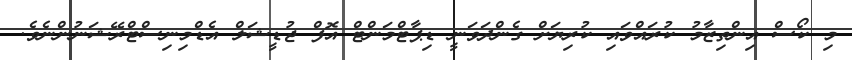
މި ކޯސް އިންތިޒާމު ކުރައްވައި ކުރިޔަށް ގެންދަވަނީ ޑިޕާޓްމަންޓް އޮފް ޖުޑީޝަލް އެޑްމިނިސްޓްރޭޝަނުންނެވެ.